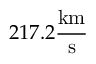
2 1 7 . 2 \frac { \mathrm { k m } } { \mathrm { s } }